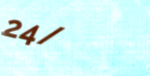
24/7